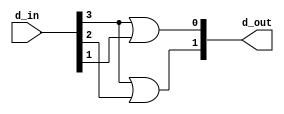
///////////////////////////////////////////////////////////////////////////
// Company: VB Tech
//
// Design Name: Encoder 4 to 2
// Module Name: encoder_4to2.v
// Project Name: BIST Ethernet Packet
// Target Device: KU5P
// Tool Versions: 2019.2
// Description: Encoder 4 to 2
//
// Dependencies:
//
// Revision:
// Revision 0.01 - File Created
// Additional Comments:
//
/////////////////////////////////////////////////////////////////////////
module encoder_4to2
	(
		d_out, 
		d_in
	);

/////////////////////////////////////////////////////////////////////////
// Parameter Declarations

/////////////////////////////////////////////////////////////////////////
// Port Declarations
input [3:0]   d_in;
/////////////////////////////////////////////////////////////////////////
// Output Declarations
output [1:0] d_out;

/////////////////////////////////////////////////////////////////////////
// Local Logic and Instantiation
assign d_out[1] = d_in[3] | d_in[2];
assign d_out[0] = d_in[3] | d_in[1];
endmodule